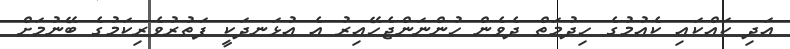
އަދި ކައްކައި ކެއުމުގެ ހިދުމަތް ދެވެން ހުންނަންޖެހޭއިރު އެ އުޅަނދަކީ ފަތުރުވެރިކަމުގެ ބޭނުމަށް